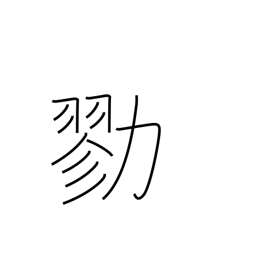
Meaning: join forces